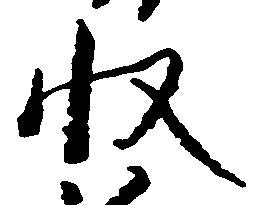
収